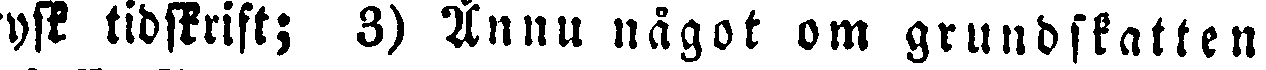
ysk tidskrift; 3) Ännu något om grundskatten